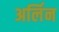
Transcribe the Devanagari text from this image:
अर्लिन